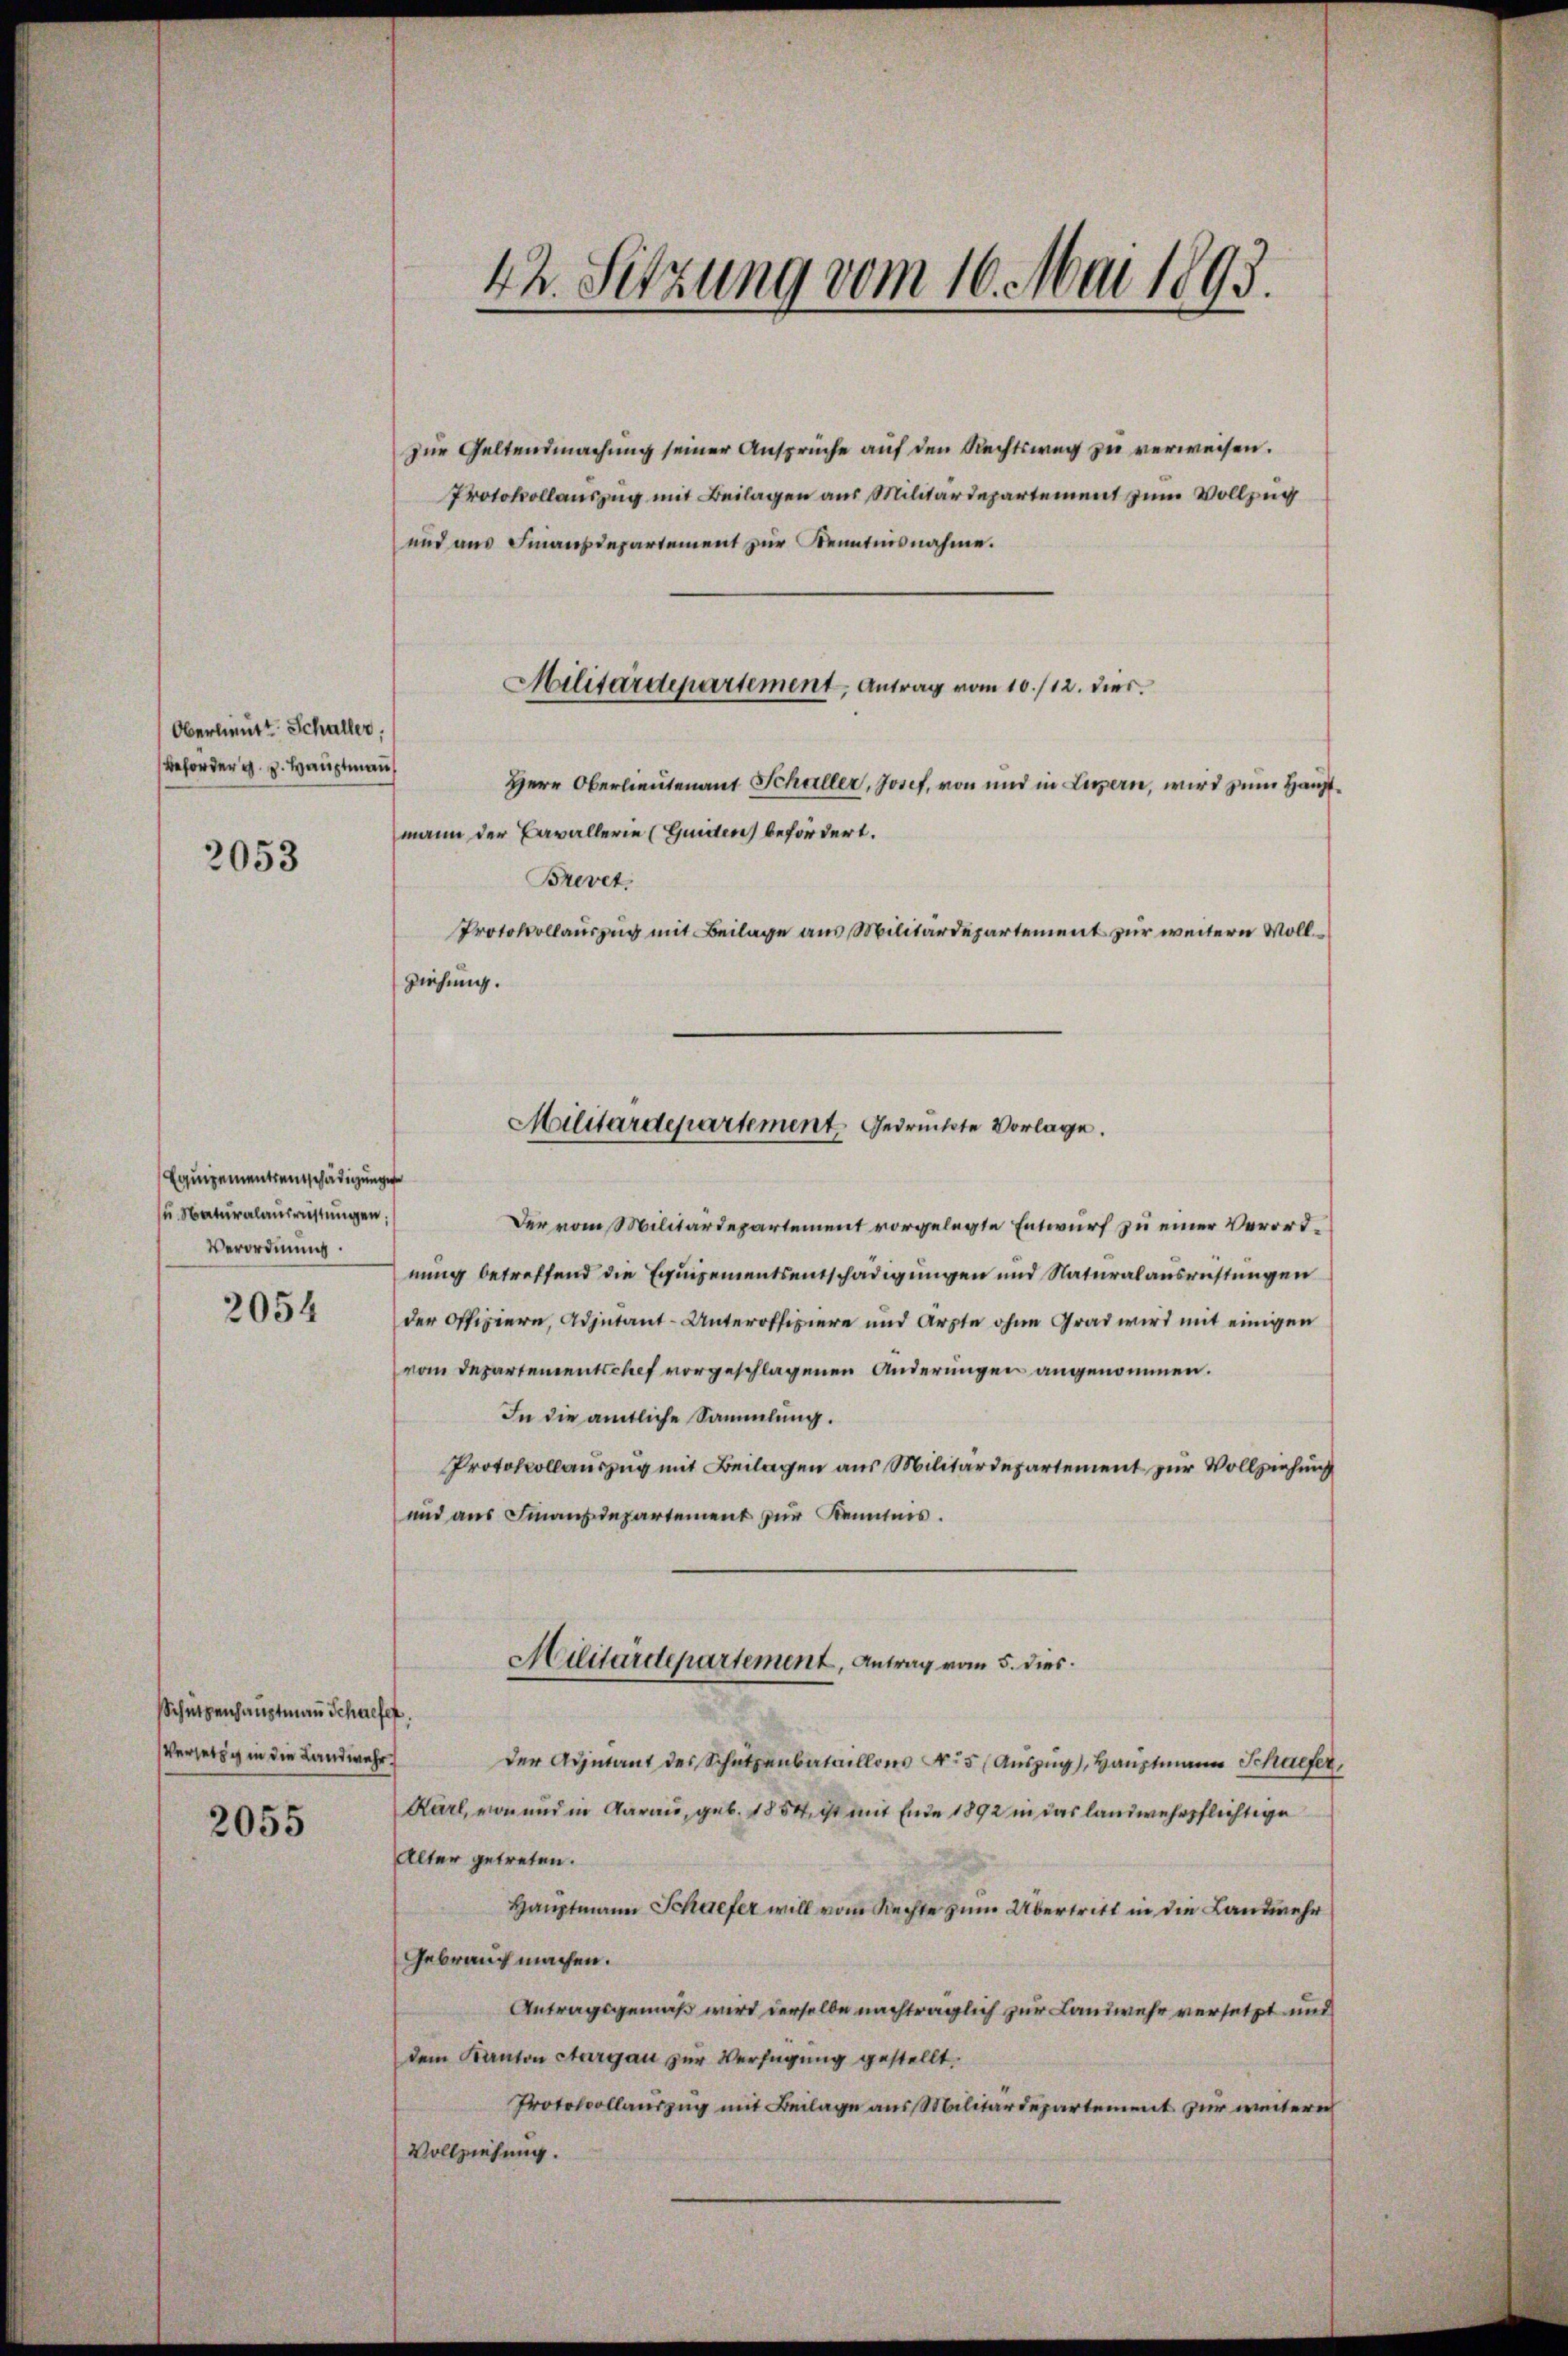
Oberlieutt Schaller.
Beforder u. v. Hauptmann

2053

Equipementsentschädigungen
u. Naturalausrichtungen;
Verordnung.

2054

Schützenhauptmaṅ Schwefel
Versetzg in die Landwehr.

2055

42. Sitzung vom 16. Mai 1893.

zur Geltendmachung seiner Ansprüche auf den Rechtsweg zu verweisen.
Protokollauszug mit Beilagen aus Militärdepartement zum Vollzug
und aus Finanzdepartement zur Kenntnisnahme.
Herr Oberlieutenant Schaller, Josef, von und in Luzern, wird zum Hauptmann der Parallerie (Guiden befördert.
Brevet.
Protokollauszug mit Beilage aus Militärdepartement zur weitern Vollziehung.
Der vom Militärdepartement vorgelegte Entwurf zu einer Verordnung betreffend die Equipementsentschädigungen und Naturalausrichtungen
der Offiziern, Adjutant-Unteroffiziere und Arzte ohne Grad wird mit einigen
vom Departementschef vorgeschlagenen Änderungen angenommen.
In die amtliche Sammlung.
Protokollauszug mit Beilagen aus Militärdepartement zur Vollziehung
und aus Finanzdepartement zur Kenntnis.
Militärdepartement, Antrag vom 5. dies
der Adjutant des Schutzenbataillons No 5 (Auszug, Hauptmann Schiefer,
Karl, von und in Aarau, geb. 1854, ist mit Ende 1892 in das landwehrpflichtige
Alter getreten.
Hauptmann Schaefer will vom Rechte zum Übertritt in die Landmehr
Gebrauch machen.
Antragsgemäß wird derselbe nachträglich zur Landwehr versetzt und
dem Kanton Aargau zur Verfügung gestellt.
Protokollauszug mit Beilage aus Militärdepartement zur weitern
Vollziehung.

Militärdepartement, Antrag vom 10./12. dies

Militärdepartement gedruckte Vorlage.